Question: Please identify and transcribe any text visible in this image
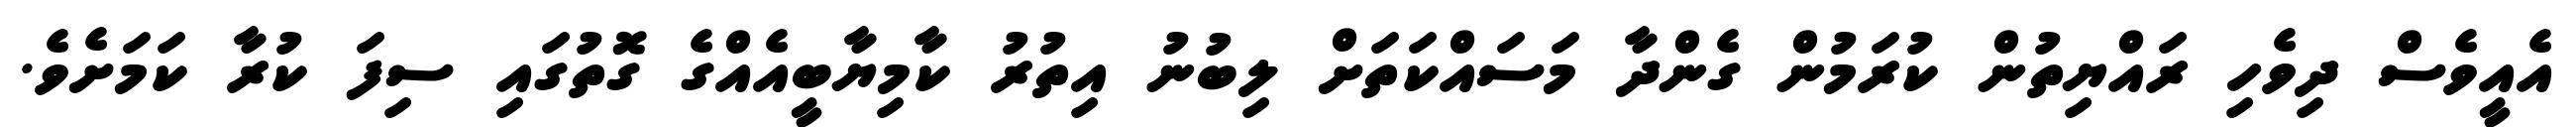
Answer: އެއީވެސް ދިވެހި ރައްޔިތުން ކުރަމުން ގެންދާ މަސައްކަތަށް ލިބުނު އިތުރު ކާމިޔާބީއެއްގެ ގޮތުގައި ސިފަ ކުރާ ކަމަށެވެ.